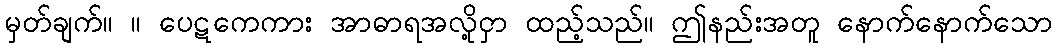
မှတ်ချက်။ ။ ပေဋကေကား အာဓာရအလို့ငှာ ထည့်သည်။ ဤနည်းအတူ နောက်နောက်သော